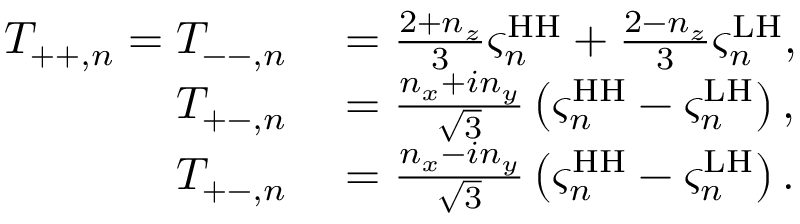
\begin{array} { r l } { T _ { + + , n } = T _ { -- , n } } & { { } = \frac { 2 + n _ { z } } { 3 } \varsigma _ { n } ^ { \mathrm { H H } } + \frac { 2 - n _ { z } } { 3 } \varsigma _ { n } ^ { \mathrm { L H } } , } \\ { T _ { + - , n } } & { { } = \frac { n _ { x } + i n _ { y } } { \sqrt { 3 } } \left( \varsigma _ { n } ^ { \mathrm { H H } } - \varsigma _ { n } ^ { \mathrm { L H } } \right) , } \\ { T _ { + - , n } } & { { } = \frac { n _ { x } - i n _ { y } } { \sqrt { 3 } } \left( \varsigma _ { n } ^ { \mathrm { H H } } - \varsigma _ { n } ^ { \mathrm { L H } } \right) . } \end{array}